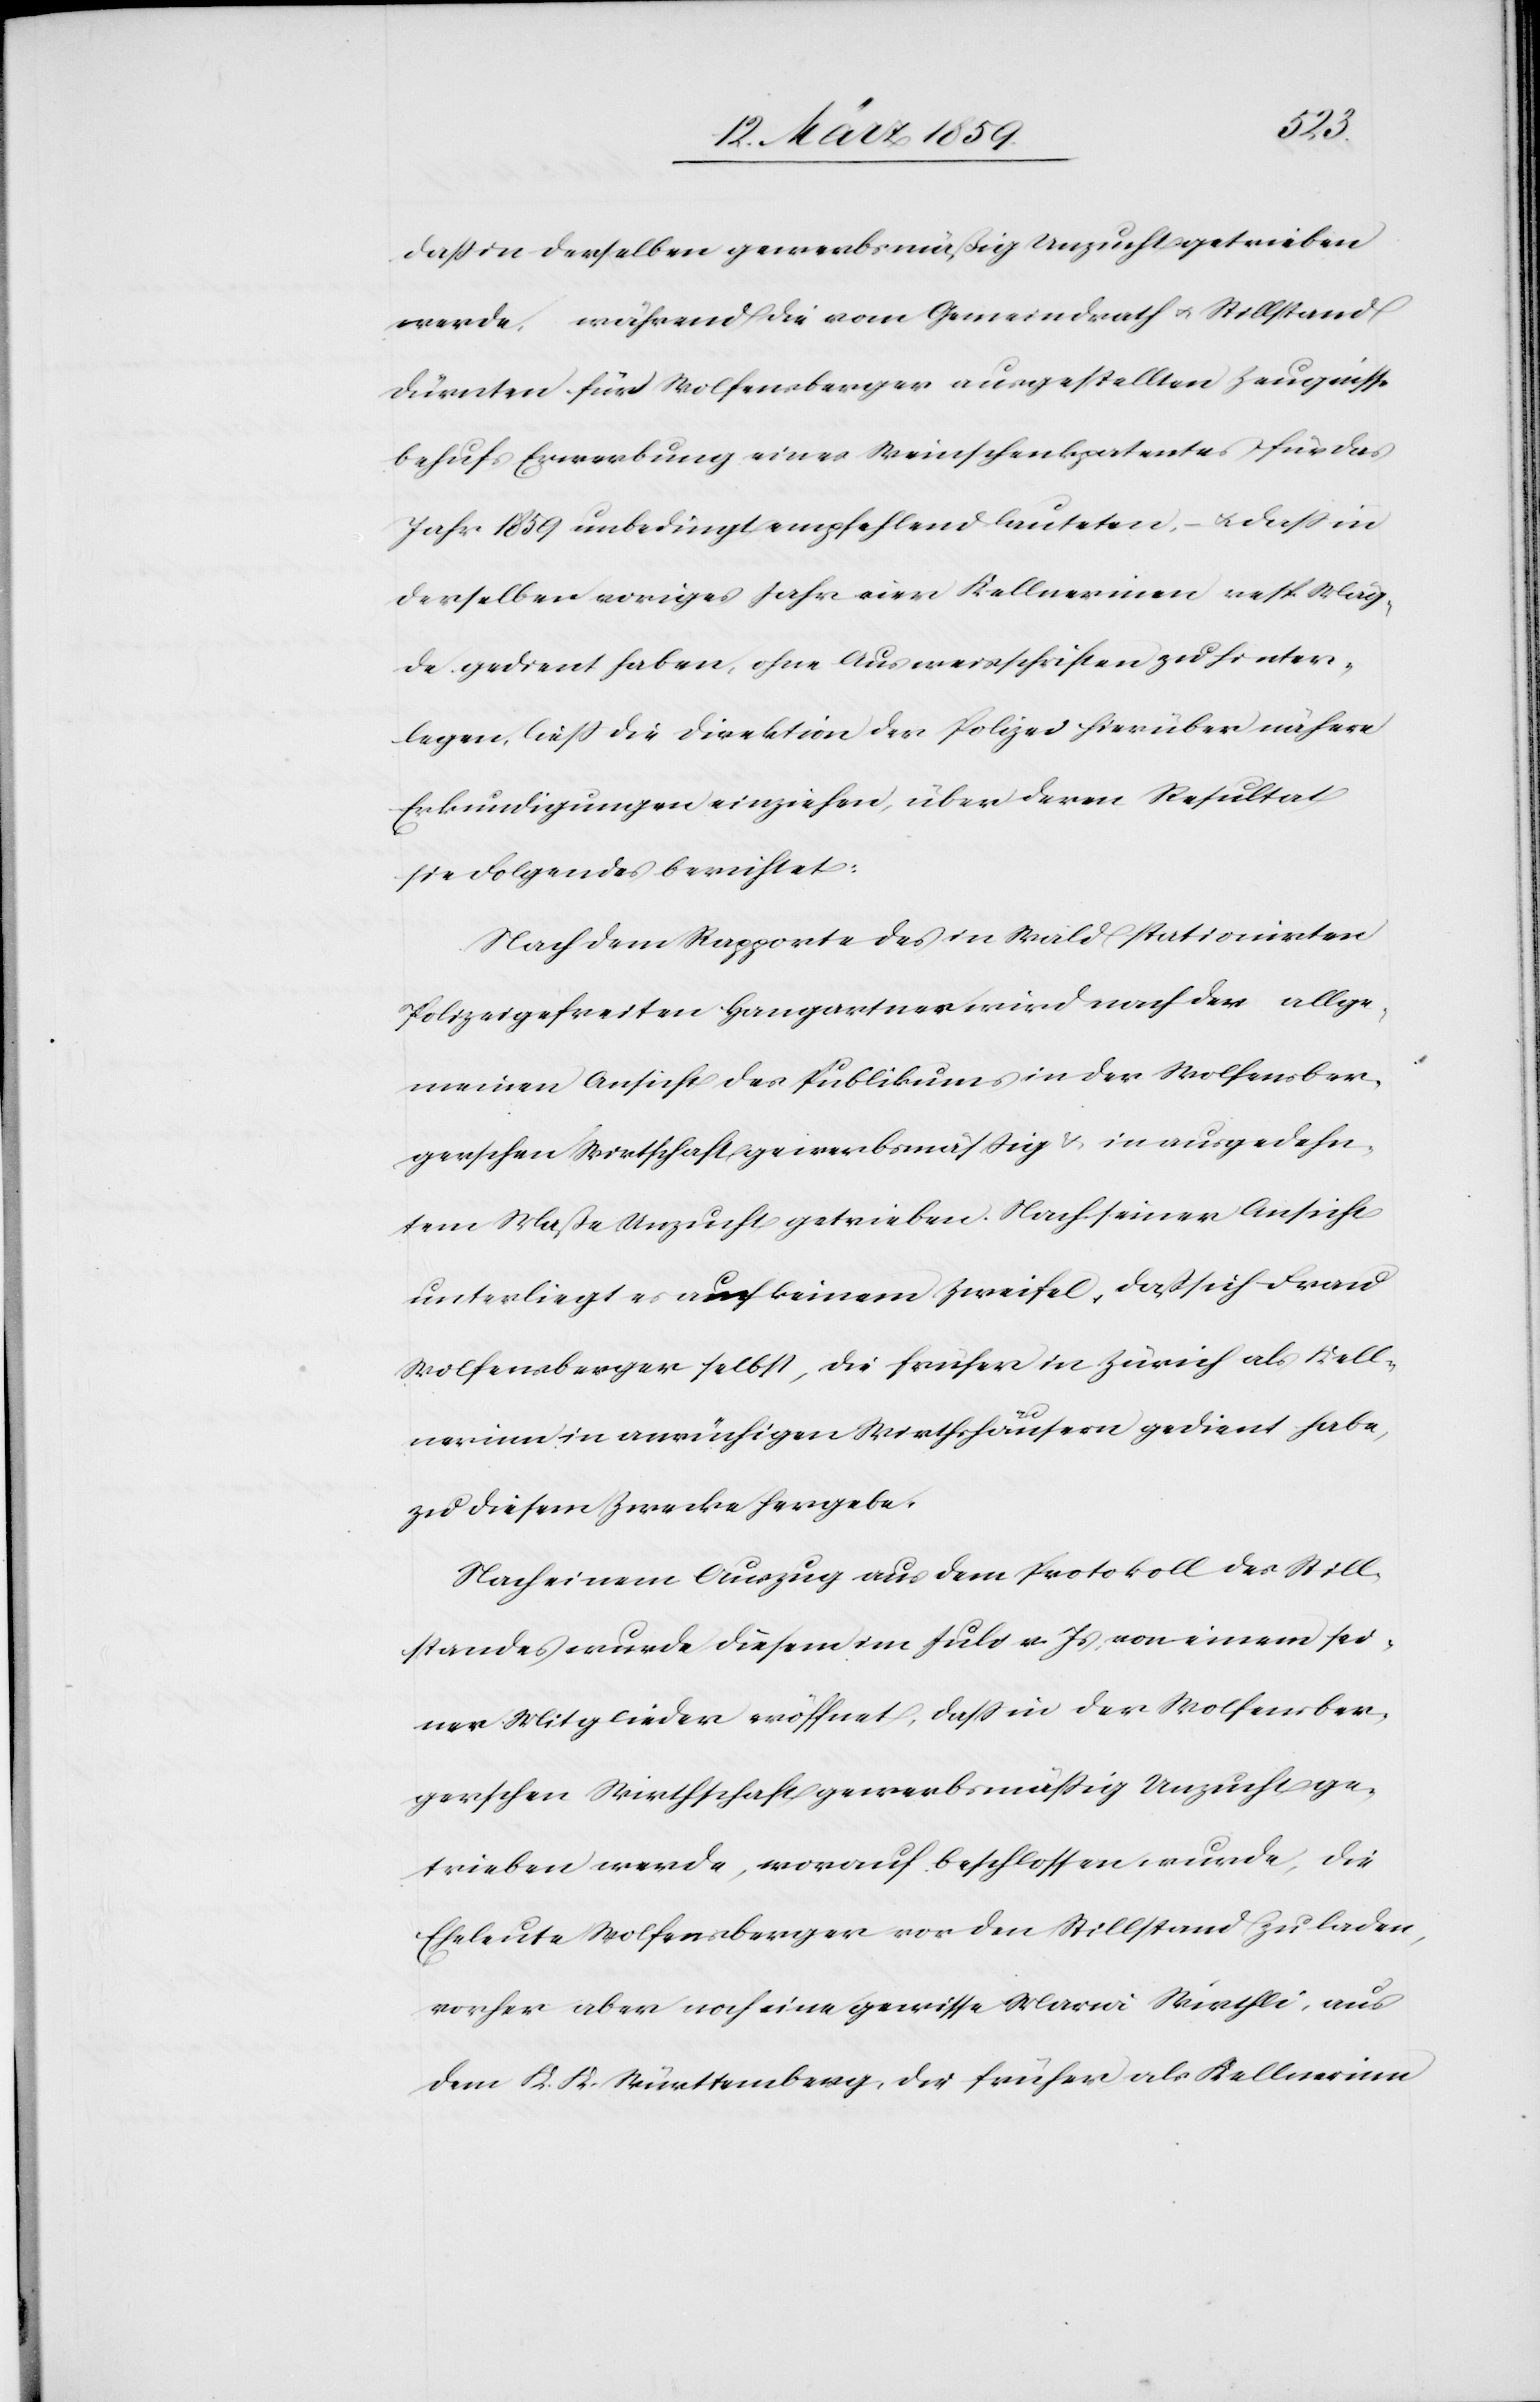
daß in derselben gewerbsmäßig Unzucht getrieben
werde, während die vom Gemeindrath u. Stillstand
Dürnten für Wolfensberger ausgestellten Zeugnisse
behufs Erwerbung eines Weinschenkpatentes für das
Jahr 1859 unbedingt empfehlend lauteten, u. daß in
derselben voriges Jahr vier Kellnerin[n]en resp. Mäg¬
de gedient haben, ohne Ausweisschriften zu hinter¬
legen, ließ die Direktion der Polizei hierüber nähere
Erkundigungen einziehen, über deren Resultat
sie Folgendes berichtet:
Nach dem Rapporte des in Wald stationirten
Polizeigefreiten Hangartner wird nach der allge¬
meinen Ansicht des Publikums in der Wolfensber¬
gerschen Wirthschaft gewerbsmäßig & in ausgedehn¬
tem Maße Unzucht getrieben. Nach seiner Ansicht
unterliegt es auch keinem Zweifel, daß sich Frau
Wolfensberger selbst, die früher in Zürich als Kell¬
nerinn in anrüchigen Wirthshäusern gedient habe,
zu diesem Zwecke hergebe.
Nach einem Auszug aus dem Protokoll des Still¬
standes wurde diesem im Juli v. Js, von einem sei¬
ner Mitglieder eröffnet, daß in der Wolfensber¬
gerschen Wirthschaft gewerbsmäßig Unzucht ge¬
trieben werde, worauf beschlossen wurde, die
Eheleute Wolfensberger vor den Stillstand zu laden,
vorher aber noch eine gewisse Maria Wirthli, aus
dem K. K. Württemberg, die früher als Kellnerinn